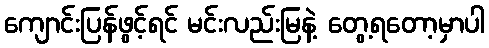
ကျောင်းပြန်ဖွင့်ရင် မင်းလည်းမြနဲ့ တွေ့ရတော့မှာပါ